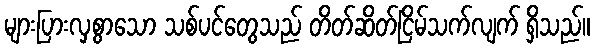
များပြားလှစွာသော သစ်ပင်တွေသည် တိတ်ဆိတ်ငြိမ်သက်လျက် ရှိသည်။